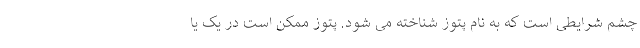
چشم شرایطی است که به نام پتوز شناخته می شود. پتوز ممکن است در یک یا